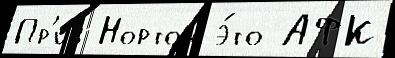
Пр'из Нортон э́то АФК